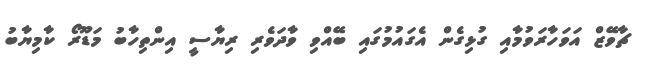
ޗާވޭޒް އަވަހާރަވުމާއި ގުޅިގެން އެގައުމުގައި ބޭއްވި ވާދަވެރި ރިޔާސީ އިންތިހާބު މަޑޫރޯ ކާމިޔާބު